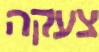
צעקה